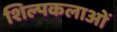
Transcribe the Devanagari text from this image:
शिल्पकलाओं